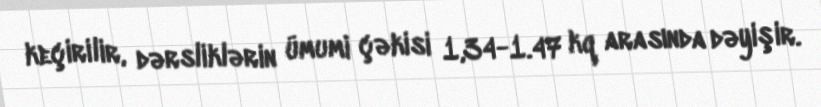
keçirilir, dərsliklərin ümumi çəkisi 1,34-1.47 kq arasında dəyişir.